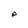
Character: p